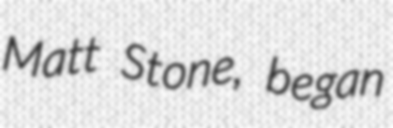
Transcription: Matt Stone, began